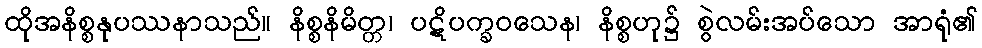
ထိုအနိစ္စနုပဿနာသည်။ နိစ္စနိမိတ္တ၊ ပဋိပက္ခဝသေန၊ နိစ္စဟု၌ စွဲလမ်းအပ်သော အာရုံ၏